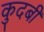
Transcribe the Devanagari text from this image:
कुदबी